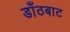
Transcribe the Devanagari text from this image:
डाँठबाट